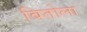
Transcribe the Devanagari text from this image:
बितोला